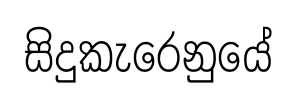
සිදුකැරෙනුයේ